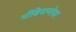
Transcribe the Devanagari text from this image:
मीडियाप्लेयर